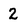
Character: 2